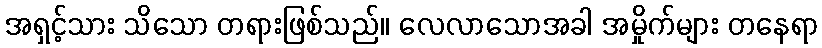
အရှင့်သား သိသော တရားဖြစ်သည်။ လေလာသောအခါ အမှိုက်များ တနေရာ